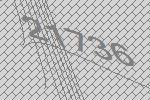
21736